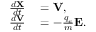
\begin{array} { r l } { \frac { d \mathbf { X } } { d t } } & { { } = \mathbf { V } , } \\ { \frac { d \mathbf { V } } { d t } } & { { } = - \frac { q _ { e } } { m } \mathbf { E } . } \end{array}